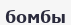
бомбы